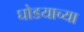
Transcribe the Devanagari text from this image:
घोडयाच्या